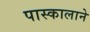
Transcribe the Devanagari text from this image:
पास्कालाने